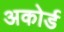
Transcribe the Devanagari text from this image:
अकोर्ड